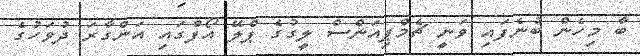
ބާ މިހެން ބުނެފައި ވަނީ ޗެމްޕިއަންސް ލީގުގެ ޕްލޭ އޯފްގައި އަންގާރަ ދުވަހުގެ